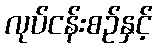
လုပ်ငန်းစဉ်နှင့်